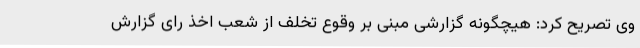
وی تصریح کرد: هیچگونه گزارشی مبنی بر وقوع تخلف از شعب اخذ رای گزارش